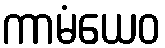
ကာမံယေဝ